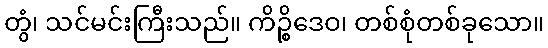
တွံ၊ သင်မင်းကြီးသည်။ ကိဉ္စိဒေဝ၊ တစ်စုံတစ်ခုသော။